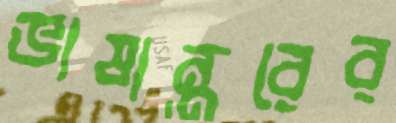
ভাষান্তরের